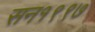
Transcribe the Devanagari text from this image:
सन१९९७